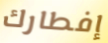
إفطارك